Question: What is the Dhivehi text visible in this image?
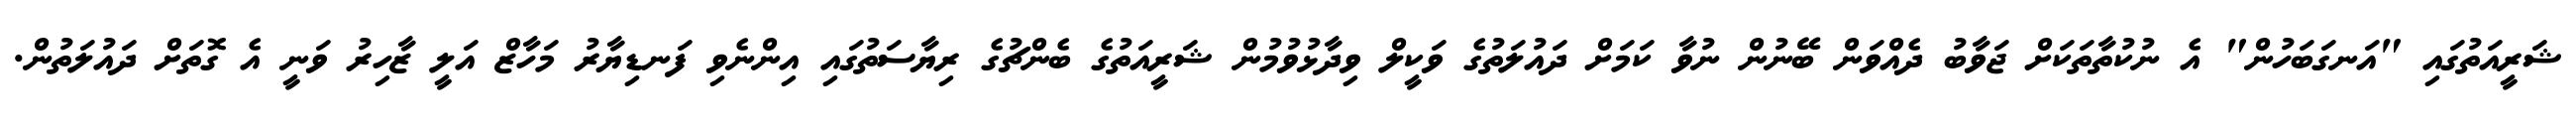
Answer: ޝަރީއަތުގައި "އަނގަބަހުން" އެ ނުކުތާތަކަށް ޖަވާބު ދެއްވަން ބޭނުން ނުވާ ކަމަށް ދައުލަތުގެ ވަކީލް ވިދާޅުވުމުން ޝަރީއަތުގެ ބެންޗުގެ ރިޔާސަތުގައި އިންނެވި ފަނޑިޔާރު މަހާޒް އަލީ ޒާހިރު ވަނީ އެ ގޮތަށް ދައުލަތުން.